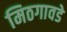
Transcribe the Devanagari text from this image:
मिठगावडे